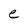
Character: e